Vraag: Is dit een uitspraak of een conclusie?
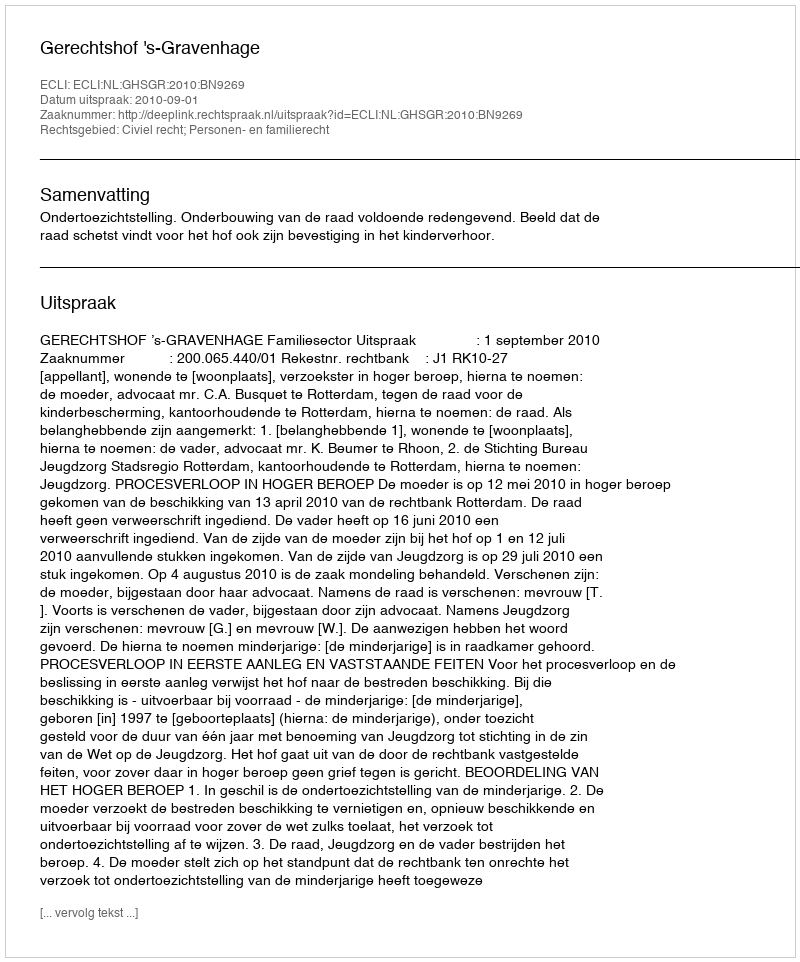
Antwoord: Uitspraak